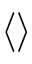
\langle \rangle